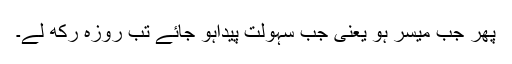
پھر جب میسر ہو یعنی جب سہولت پیداہو جائے تب روزہ رکھ لے۔